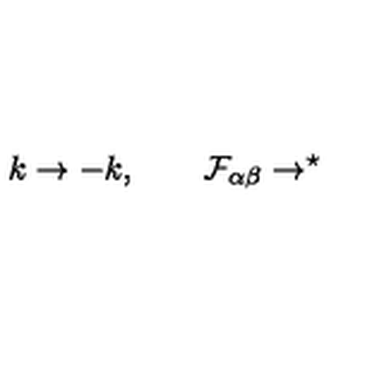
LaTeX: k \rightarrow - k , \qquad \mathcal { F } _ { \alpha \beta } \rightarrow ^ { \star }